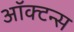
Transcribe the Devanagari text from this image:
ऑक्टन्स